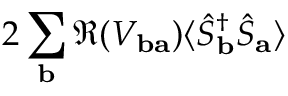
2 \sum _ { \mathbf { b } } \Re ( V _ { \mathbf { b a } } ) \langle \hat { S } _ { \mathbf { b } } ^ { \dagger } \hat { S } _ { \mathbf { a } } \rangle